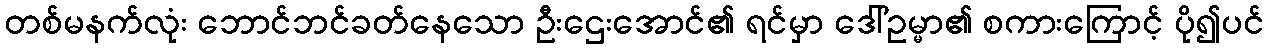
တစ်မနက်လုံး ဘောင်ဘင်ခတ်နေသော ဦးဌေးအောင်၏ ရင်မှာ ဒေါ်ဥမ္မာ၏ စကားကြောင့် ပို၍ပင်